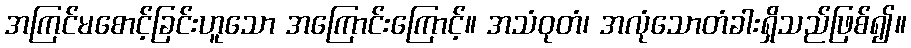
အကြင်မစောင့်ခြင်းဟူသော အကြောင်းကြောင့်။ အသံဝုတံ၊ အလုံသောတံခါးရှိသည်ဖြစ်၍။